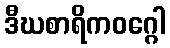
ဒီဃစာရိကဝဂ္ဂေါ